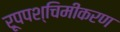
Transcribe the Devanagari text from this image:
रूपपश्चिमीकरण